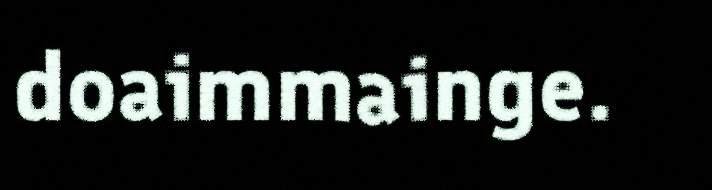
doaimmainge.